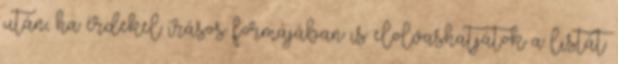
után, ha érdekel írásos formájában is elolvashatjátok a listát